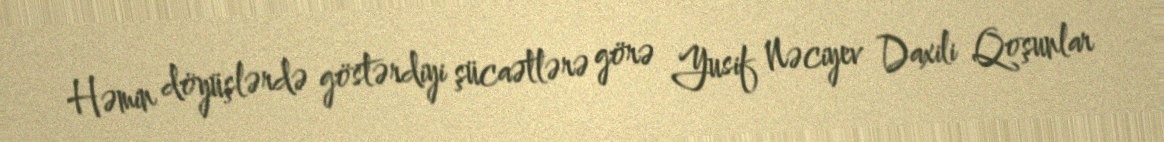
Həmin döyüşlərdə göstərdiyi şücaətlərə görə Yusif Nəciyev Daxili Qoşunlar